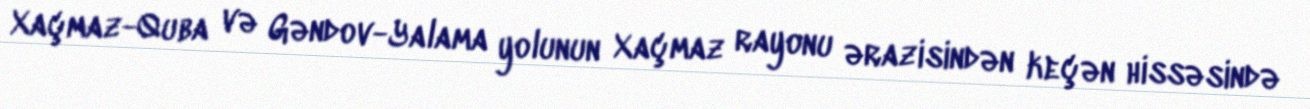
Xaçmaz-Quba və Gəndov-Yalama yolunun Xaçmaz rayonu ərazisindən keçən hissəsində